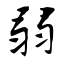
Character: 弱